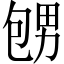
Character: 𪽕